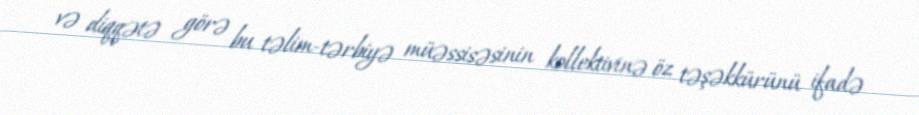
və diqqətə görə bu təlim-tərbiyə müəssisəsinin kollektivinə öz təşəkkürünü ifadə